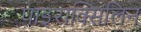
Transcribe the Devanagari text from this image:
पाइराक्सिलिन